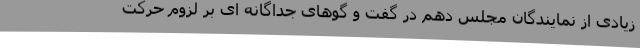
زیادی از نمایندگان مجلس دهم در گفت و گوهای جداگانه ای بر لزوم حرکت